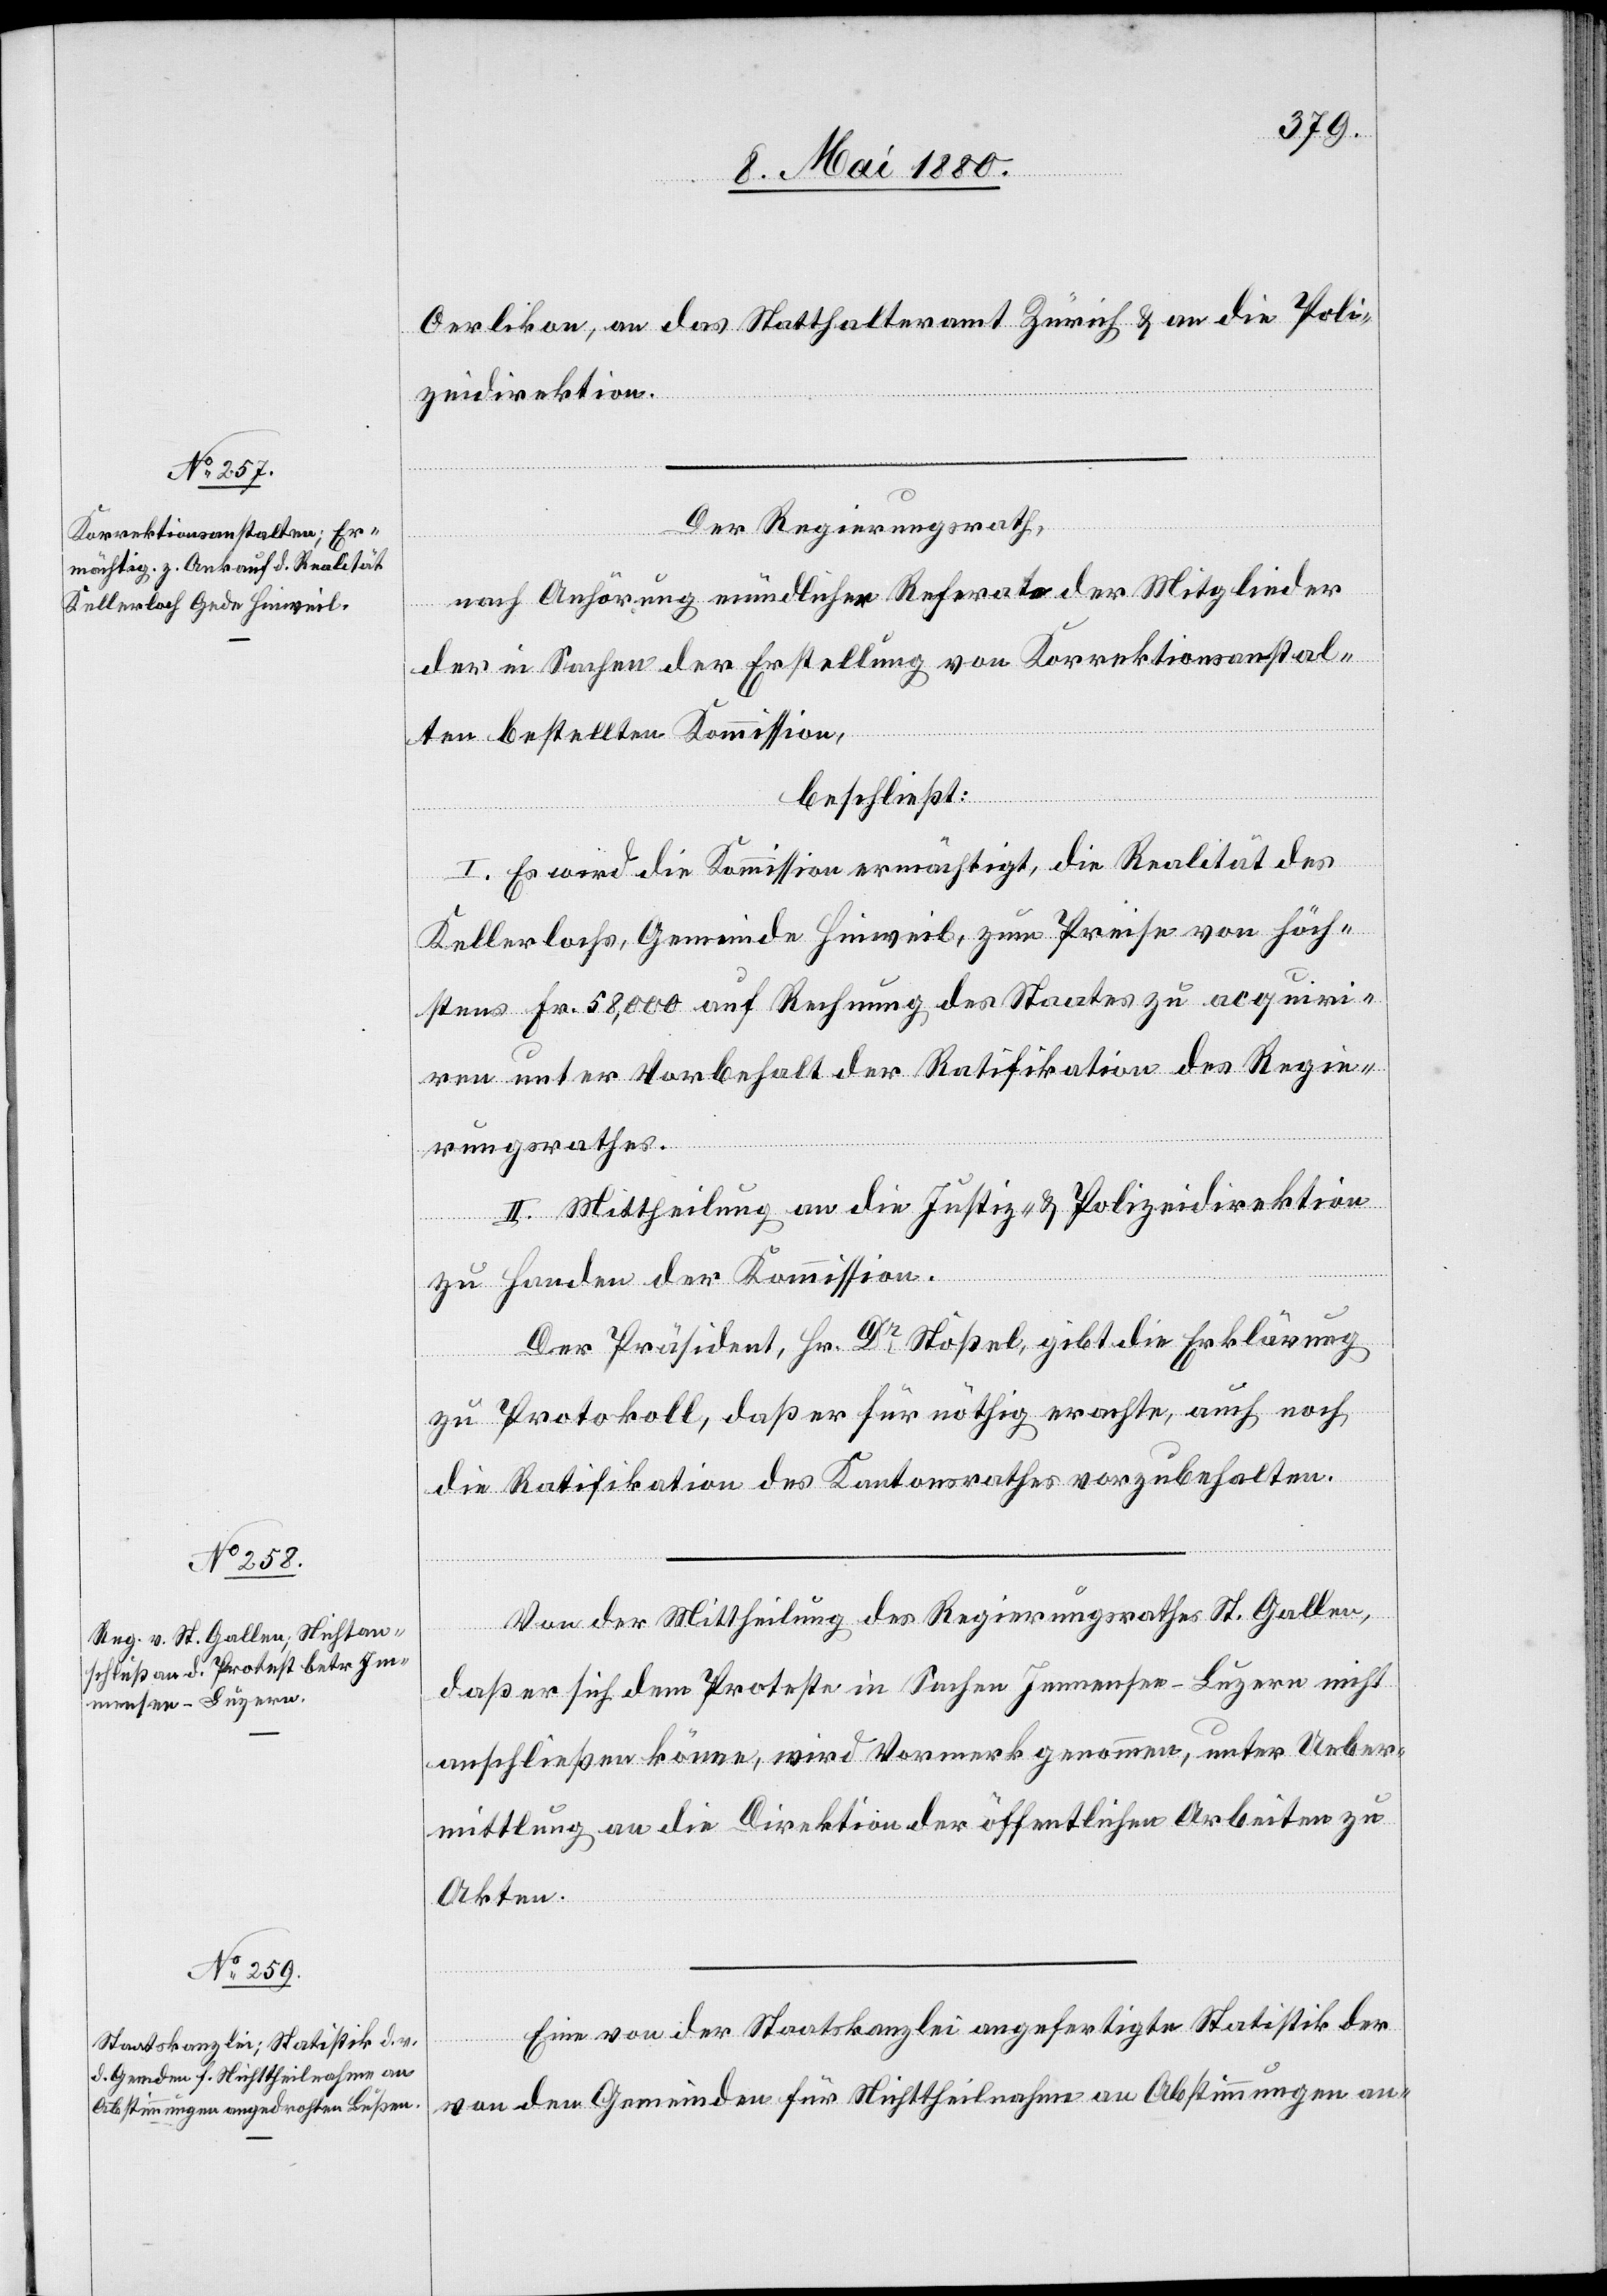
Oerlikon, an das Statthalteramt Zürich & an die Poli¬
zeidirektion.
Der Regierungsrath,
nach Anhörung mündlicher Referate der Mitglieder
der in Sachen der Erstellung von Korrektionsanstal¬
ten bestellten Kommission,
beschließt:
I. Es wird die Kommission ermächtigt, die Realität des
Kellerlochs, Gemeinde Hinweil, zum Preise von höch¬
stens Fr. 58,000 auf Rechnung des Staates zu acquiri¬
ren unter Vorbehalt der Ratifikation des Regie¬
rungsrathes.
II. Mittheilung an die Justiz- & Polizeidirektion
zu Handen der Kommission.
Der Präsident, Hr. Dr Stößel, gibt die Erklärung
zu Protokoll, daß er für nöthig erachte, auch noch
die Ratifikation des Kantonsrathes vorzubehalten.
Von der Mittheilung des Regierungsrathes St. Gallen,
daß er sich dem Proteste in Sachen Immensee–Luzern nicht
anschließen könne, wird Vormerk genommen, unter Ueber¬
mittlung an die Direktion der öffentlichen Arbeiten zu
Akten.
Eine von der Staatskanzlei angefertigte Statistik der
von den Gemeinden für Nichttheilnahme an Abstimmungen an-